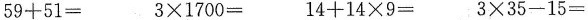
59+51= 3\times1700= 14+14\times9= 3\times35-15=